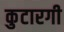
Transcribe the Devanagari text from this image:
कुटारगी